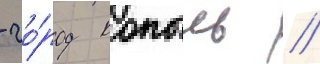
- го́род копыль //